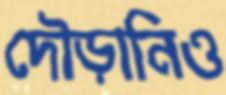
দৌড়ানিও